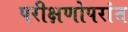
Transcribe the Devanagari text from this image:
परीक्षणोपरांत